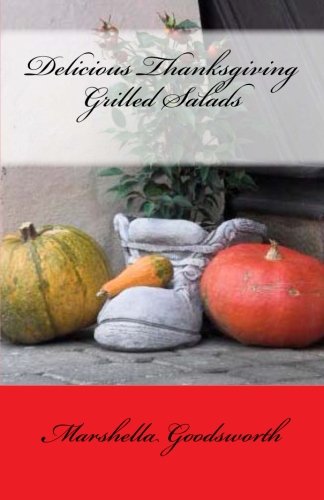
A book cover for Delicious Thanksgiving Grilled Salads; Marshella Goodsworth; Cookbooks, Food & Wine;